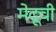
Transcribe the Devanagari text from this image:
मेदूची